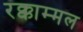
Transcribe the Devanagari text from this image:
रक्काम्मल